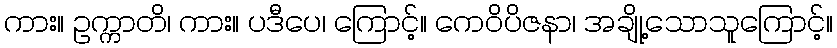
ကား။ ဥက္ကာတိ၊ ကား။ ပဒီပေ၊ ကြောင့်။ ကေဝိပိဇနာ၊ အချို့သောသူကြောင့်။